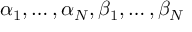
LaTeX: \alpha _ { 1 } , \ldots , \alpha _ { N } , \beta _ { 1 } , \ldots , \beta _ { N }